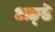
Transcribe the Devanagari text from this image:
अङ्डे